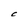
Character: C